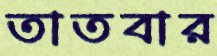
তাতবার